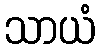
သာယံ